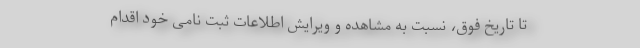
تا تاریخ فوق، نسبت به مشاهده و ویرایش اطلاعات ثبت نامی خود اقدام